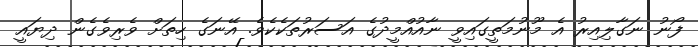
ފޯނު ނަގާލިއިރު އެ މޫނުމަތީގައިވީ ނާއުއްމީދުގެ އަސަރުތަކެކެވެ. އޭނަގެ ހިތަށް ވެރިވެގެން ދިޔައީ